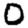
Digit: 0